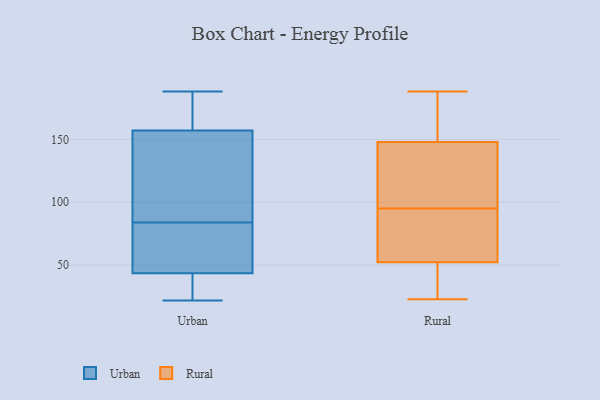
{"axis": {"x": "Backlog", "y": "Value"}, "legend": ["Rural", "Urban"], "data": [{"x": "", "y": 48, "type": "Urban"}, {"x": "", "y": 168, "type": "Urban"}, {"x": "", "y": 173, "type": "Urban"}, {"x": "", "y": 33, "type": "Urban"}, {"x": "", "y": 97, "type": "Urban"}, {"x": "", "y": 42, "type": "Urban"}, {"x": "", "y": 22, "type": "Urban"}, {"x": "", "y": 60, "type": "Urban"}, {"x": "", "y": 188, "type": "Urban"}, {"x": "", "y": 187, "type": "Urban"}, {"x": "", "y": 58, "type": "Urban"}, {"x": "", "y": 75, "type": "Urban"}, {"x": "", "y": 148, "type": "Urban"}, {"x": "", "y": 84, "type": "Urban"}, {"x": "", "y": 160, "type": "Urban"}, {"x": "", "y": 148, "type": "Urban"}, {"x": "", "y": 35, "type": "Urban"}, {"x": "", "y": 25, "type": "Urban"}, {"x": "", "y": 138, "type": "Urban"}, {"x": "", "y": 148, "type": "Rural"}, {"x": "", "y": 52, "type": "Rural"}, {"x": "", "y": 148, "type": "Rural"}, {"x": "", "y": 23, "type": "Rural"}, {"x": "", "y": 152, "type": "Rural"}, {"x": "", "y": 124, "type": "Rural"}, {"x": "", "y": 188, "type": "Rural"}, {"x": "", "y": 132, "type": "Rural"}, {"x": "", "y": 70, "type": "Rural"}, {"x": "", "y": 92, "type": "Rural"}, {"x": "", "y": 38, "type": "Rural"}, {"x": "", "y": 95, "type": "Rural"}, {"x": "", "y": 51, "type": "Rural"}, {"x": "", "y": 53, "type": "Rural"}, {"x": "", "y": 172, "type": "Rural"}]}